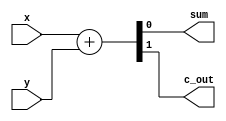
module ha(sum,c_out,x,y);  //half adder
   input x,y;
   output sum,c_out;
   assign {c_out,sum}=x+y;
endmodule // ha



module fa(sum,c_out,c_in,x,y);  //full adder
   input x,y,c_in;
   output sum,c_out;
   assign {c_out,sum}=x+y+c_in;
endmodule //fa



module slim_adder(sum,c_in,x,y); // full adder with no carry out
	input x,y,c_in;
	output sum;
	assign sum = (x^y)^c_in;
endmodule